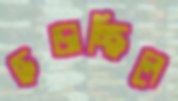
ছড়াচ্ছিলে